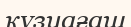
күзуағаш